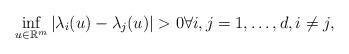
LaTeX: \begin{align*}\inf_{u \in \mathbb{R}^{m}} \left| \lambda_{i}(u) - \lambda_{j}(u) \right| > 0 \forall i,j=1,\ldots,d, i\ne j,\end{align*}